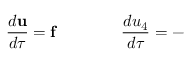
\frac { d \mathbf { u } } { d \tau } = \mathbf { f } \qquad \qquad \frac { d u _ { 4 } } { d \tau } = -